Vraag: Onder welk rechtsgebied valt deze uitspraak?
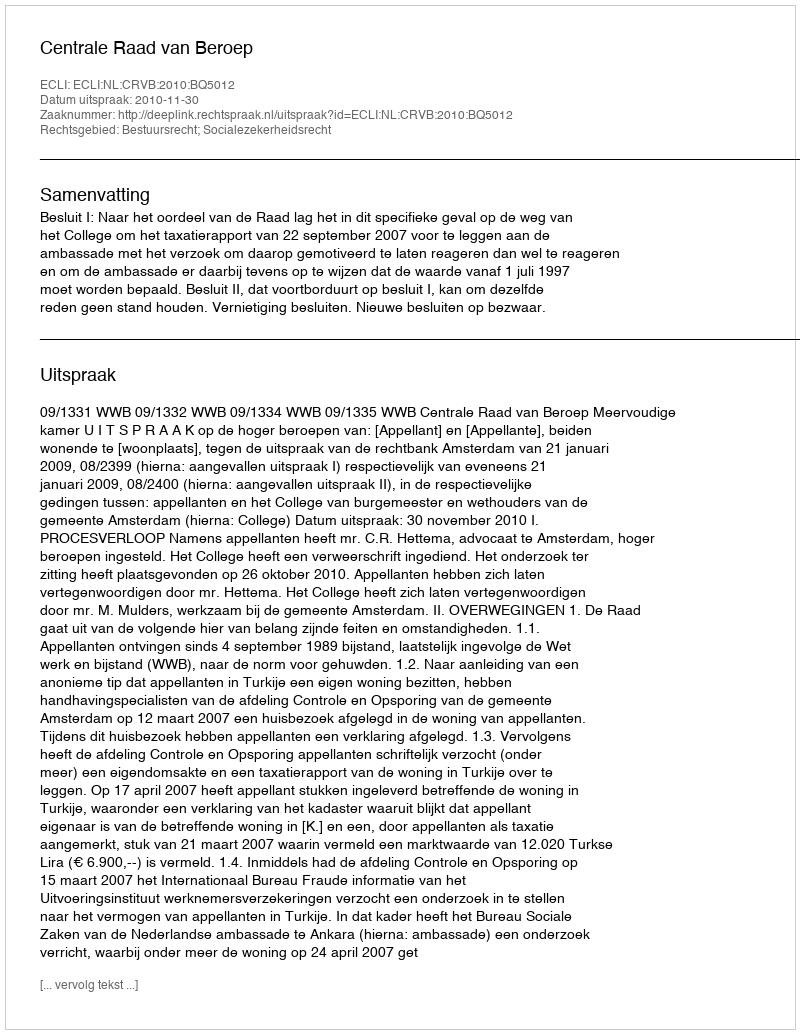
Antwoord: Bestuursrecht; Socialezekerheidsrecht